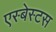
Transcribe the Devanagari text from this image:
एस्‍बेस्‍टस